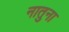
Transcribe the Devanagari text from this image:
नातुना